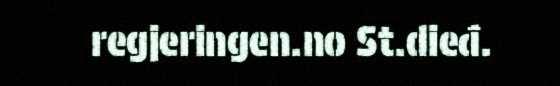
regjeringen.no St.dieđ.